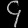
Digit: ၄